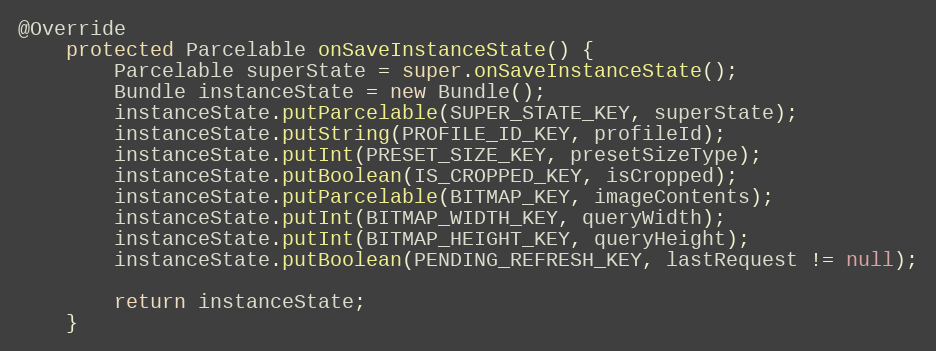
Language: Java
@Override
    protected Parcelable onSaveInstanceState() {
        Parcelable superState = super.onSaveInstanceState();
        Bundle instanceState = new Bundle();
        instanceState.putParcelable(SUPER_STATE_KEY, superState);
        instanceState.putString(PROFILE_ID_KEY, profileId);
        instanceState.putInt(PRESET_SIZE_KEY, presetSizeType);
        instanceState.putBoolean(IS_CROPPED_KEY, isCropped);
        instanceState.putParcelable(BITMAP_KEY, imageContents);
        instanceState.putInt(BITMAP_WIDTH_KEY, queryWidth);
        instanceState.putInt(BITMAP_HEIGHT_KEY, queryHeight);
        instanceState.putBoolean(PENDING_REFRESH_KEY, lastRequest != null);

        return instanceState;
    }